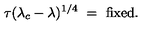
\tau ( \lambda _ { c } - \lambda ) ^ { 1 / 4 } \ = \ \mathrm { f i x e d } .